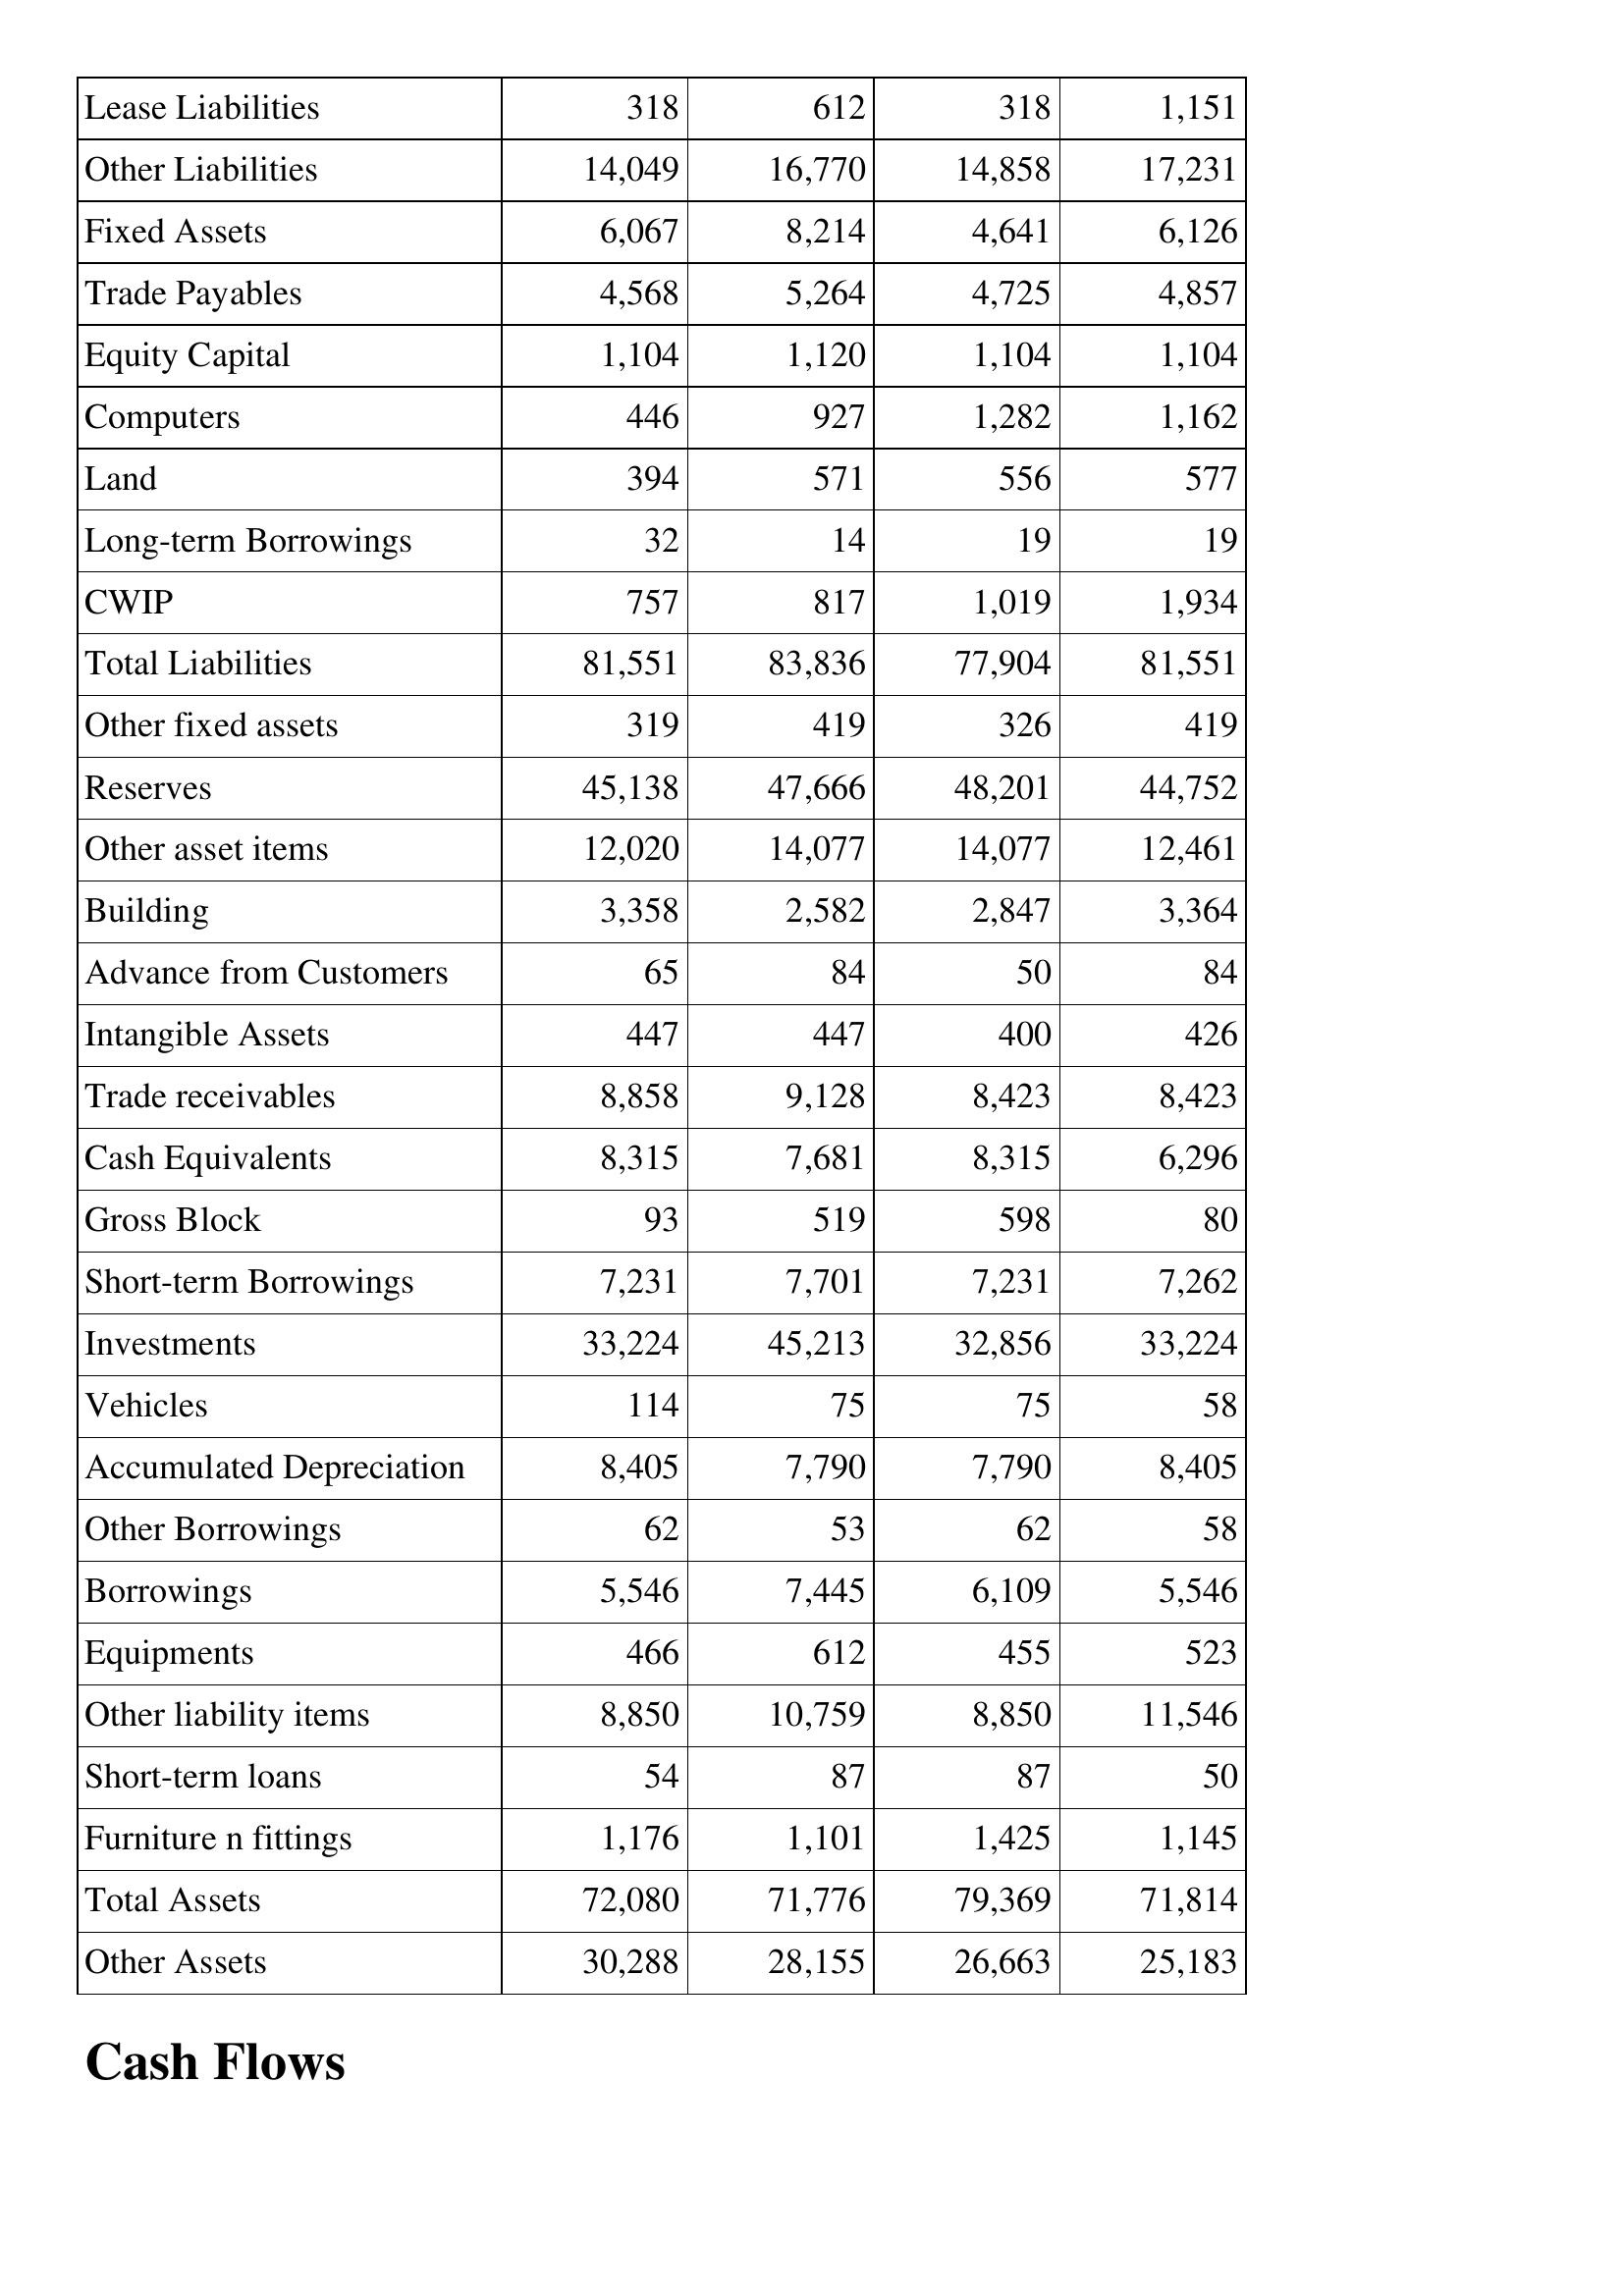
Apr-00: Balance Sheet: Lease Liabilities: 318
Other Liabilities: 14,049
Fixed Assets: 6,067
Trade Payables: 4,568
Equity Capital: 1,104
Computers: 446
Land: 394
Long-term Borrowings: 32
CWIP: 757
Total Liabilities: 81,551
Other fixed assets: 319
Reserves: 45,138
Other asset items: 12,020
Building: 3,358
Advance from Customers: 65
Intangible Assets: 447
Trade receivables: 8,858
Cash Equivalents: 8,315
Gross Block: 93
Short-term Borrowings: 7,231
Investments: 33,224
Vehicles: 114
Accumulated Depreciation: 8,405
Other Borrowings: 62
Borrowings: 5,546
Equipments: 466
Other liability items: 8,850
Short-term loans: 54
Furniture n fittings: 1,176
Total Assets: 72,080
Other Assets: 30,288
Apr-99: Balance Sheet: Lease Liabilities: 612
Other Liabilities: 16,770
Fixed Assets: 8,214
Trade Payables: 5,264
Equity Capital: 1,120
Computers: 927
Land: 571
Long-term Borrowings: 14
CWIP: 817
Total Liabilities: 83,836
Other fixed assets: 419
Reserves: 47,666
Other asset items: 14,077
Building: 2,582
Advance from Customers: 84
Intangible Assets: 447
Trade receivables: 9,128
Cash Equivalents: 7,681
Gross Block: 519
Short-term Borrowings: 7,701
Investments: 45,213
Vehicles: 75
Accumulated Depreciation: 7,790
Other Borrowings: 53
Borrowings: 7,445
Equipments: 612
Other liability items: 10,759
Short-term loans: 87
Furniture n fittings: 1,101
Total Assets: 71,776
Other Assets: 28,155
Apr-98: Balance Sheet: Lease Liabilities: 318
Other Liabilities: 14,858
Fixed Assets: 4,641
Trade Payables: 4,725
Equity Capital: 1,104
Computers: 1,282
Land: 556
Long-term Borrowings: 19
CWIP: 1,019
Total Liabilities: 77,904
Other fixed assets: 326
Reserves: 48,201
Other asset items: 14,077
Building: 2,847
Advance from Customers: 50
Intangible Assets: 400
Trade receivables: 8,423
Cash Equivalents: 8,315
Gross Block: 598
Short-term Borrowings: 7,231
Investments: 32,856
Vehicles: 75
Accumulated Depreciation: 7,790
Other Borrowings: 62
Borrowings: 6,109
Equipments: 455
Other liability items: 8,850
Short-term loans: 87
Furniture n fittings: 1,425
Total Assets: 79,369
Other Assets: 26,663
Apr-97: Balance Sheet: Lease Liabilities: 1,151
Other Liabilities: 17,231
Fixed Assets: 6,126
Trade Payables: 4,857
Equity Capital: 1,104
Computers: 1,162
Land: 577
Long-term Borrowings: 19
CWIP: 1,934
Total Liabilities: 81,551
Other fixed assets: 419
Reserves: 44,752
Other asset items: 12,461
Building: 3,364
Advance from Customers: 84
Intangible Assets: 426
Trade receivables: 8,423
Cash Equivalents: 6,296
Gross Block: 80
Short-term Borrowings: 7,262
Investments: 33,224
Vehicles: 58
Accumulated Depreciation: 8,405
Other Borrowings: 58
Borrowings: 5,546
Equipments: 523
Other liability items: 11,546
Short-term loans: 50
Furniture n fittings: 1,145
Total Assets: 71,814
Other Assets: 25,183